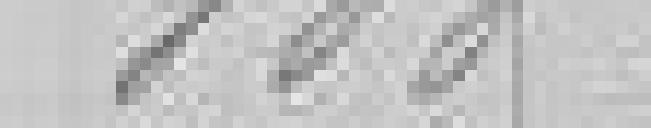
800